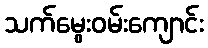
သက်မွေးဝမ်းကျောင်း